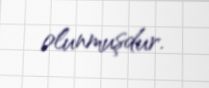
olunmuşdur.